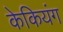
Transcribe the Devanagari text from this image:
केकियंग